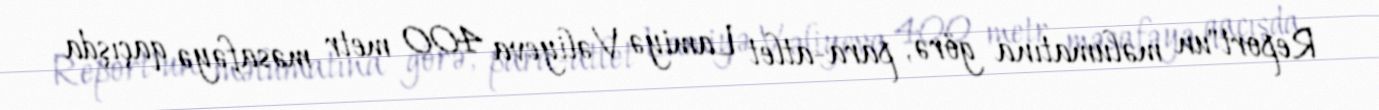
Report"un məlumatına görə, para-atlet Lamiyə Vəliyeva 400 metr məsafəyə qaçışda